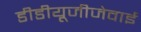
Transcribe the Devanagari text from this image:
डीडीयूजीजेवाई